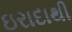
ઇરાદાથી